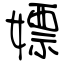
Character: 嫖